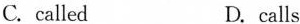
C.called D.calls